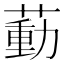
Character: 𦹝